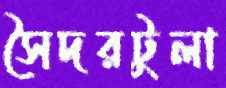
সৈদরটুলা